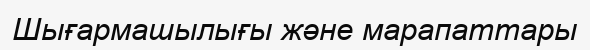
Шығармашылығы және марапаттары